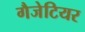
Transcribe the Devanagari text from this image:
गैजेटियर